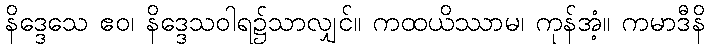
နိဒ္ဒေသေ ဧဝ၊ နိဒ္ဒေသဝါရ၌သာလျှင်။ ကထယိဿာမ၊ ကုန်အံ့။ ကမာဒီနိ